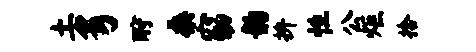
土豸酹桑窈韵拚性公炬拾